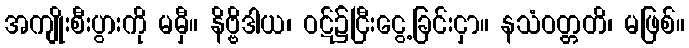
အကျိုးစီးပွားကို မမှီ။ နိဗ္ဗိဒါယ၊ ဝဋ်၌ငြီးငွေ့ခြင်းငှာ။ နသံဝတ္တတိ၊ မဖြစ်။